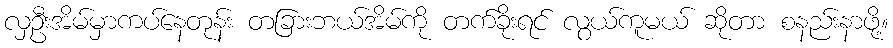
လှဦးအိမ်မှာကပ်နေတုန်း တခြားဘယ်အိမ်ကို တက်ခိုးရင် လွယ်ကူမယ် ဆိုတာ စနည်းနာဖို့။